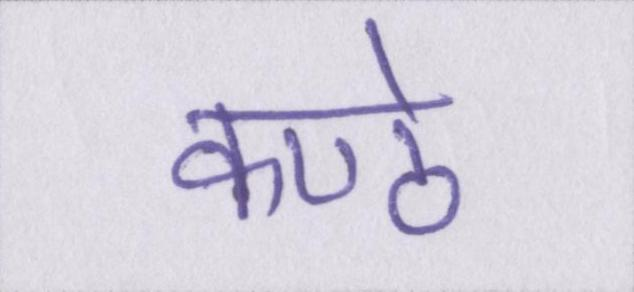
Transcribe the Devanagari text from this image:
कण्ठे